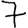
Digit: 7